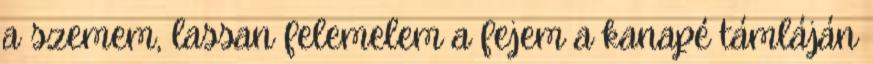
a szemem, lassan felemelem a fejem a kanapé támláján